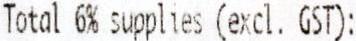
TOTAL 6% SUPPLIES (EXCL. GST):